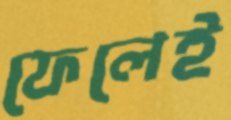
ফেলেই